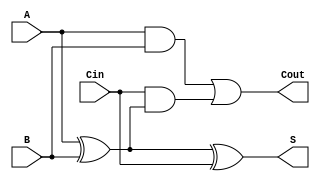
module async_full_adder (
    input  wire A,    // First input bit
    input  wire B,    // Second input bit
    input  wire Cin,  // Carry-in bit
    output wire S,    // Sum output
    output wire Cout   // Carry-out output
);

// Intermediate signals
wire AB;           // A AND B
wire A_xor_B;     // A XOR B

// Logic for Sum (S)
assign A_xor_B = A ^ B;          // A XOR B
assign S = A_xor_B ^ Cin;        // S = A XOR B XOR Cin

// Logic for Carry-Out (Cout)
assign AB = A & B;                // A AND B
assign Cout = AB | (Cin & A_xor_B);  // Cout = (A AND B) OR (Cin AND (A XOR B))

endmodule